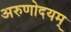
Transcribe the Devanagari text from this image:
अरुणोदयम्